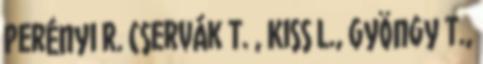
Perényi R. Cservák T. , Kiss L., Gyöngy T.,